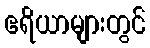
ဧရိယာများတွင်